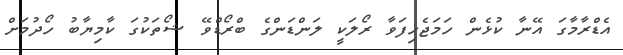
އެޑްރާމާގަ އޭނާ ކުޅެން ހަމަޖެހިފަވާ ރޯލަކީ ލަންޑަންގެ ބްރޯޑްވޭ ޝޯތަކުގަ ކާމިޔާބު ހޯދުމަށް